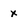
Character: x